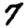
Digit: 7